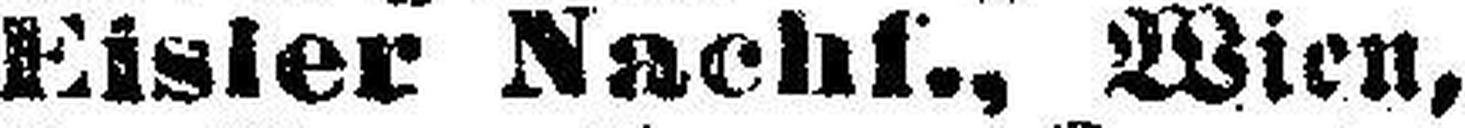
Eisler Nachf., Wien,